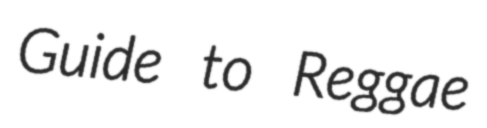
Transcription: Guide to Reggae